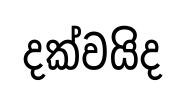
දක්වයිද